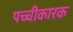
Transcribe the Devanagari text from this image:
पच्चीकारक